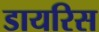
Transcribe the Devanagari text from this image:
डायरिस